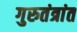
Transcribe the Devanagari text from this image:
गुरुतंत्रांत